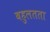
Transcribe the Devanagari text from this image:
बहुलतता